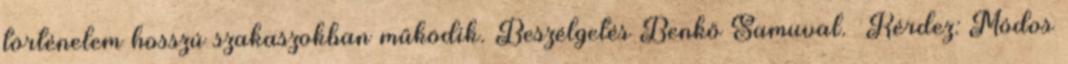
történelem hosszú szakaszokban működik. Beszélgetés Benkő Samuval. Kérdez: Módos